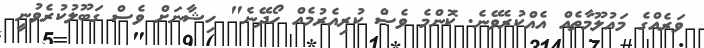
ވަރެއްގެ މަޢުލޫމާތެއް އެއްކުރެވޭނެ. ކޮންމެ ވެސް ކުރިއެރުމެއް ހޯދޭނެ" ހިޝާނަށް ވެސް ގަބޫލުކުރެވުނީ